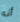
أنه